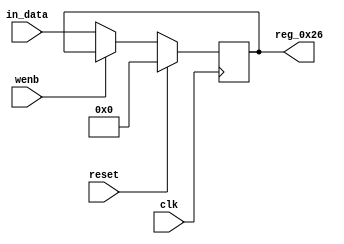
module r_DEVICE_CAPABILITIES_2_LOW(output reg [7:0] reg_0x26, input wire reset, input wire wenb, input wire [7:0] in_data, input wire clk);
	always@(posedge clk)
	begin
		if(reset==0) begin
			if(wenb==0)
				reg_0x26<=in_data;
			else
				reg_0x26<=reg_0x26;
		end
		else
			reg_0x26<=8'h00;
	end
endmodule